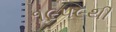
૧૯૫૯થી